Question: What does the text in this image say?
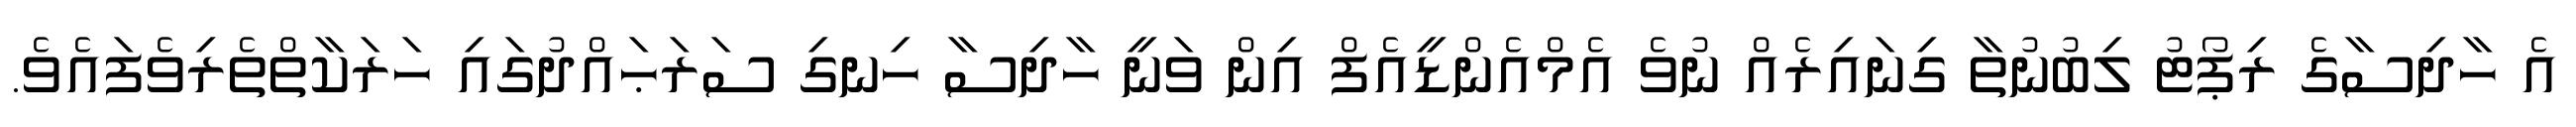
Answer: އެ ހާދިސާގެ ރިޕޯޓު ލިބުނުތާ ގިނައިރެއް ނުވެ އެމްއެންޑީއެފް އިން ވަނީ ހާދިސާ ހިނގި ސަރަޙައްދުގައި ހަރަކާތްތެރިވެފައެވެ.